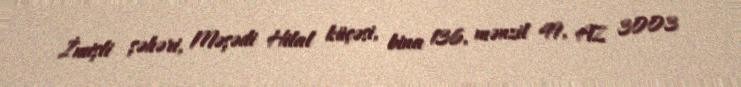
İmişli şəhəri, Məşədi Hilal küçəsi, bina 136, mənzil 49, AZ 3003